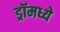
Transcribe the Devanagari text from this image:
ड्रॉमध्ये